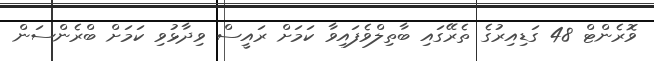
ވޮރެންޓް 48 ގަޑިއިރުގެ ތެރޭގައި ބާތިލްވެފައިވާ ކަމަށް ރައީސް ވިދާޅުވި ކަމަށް ބްރެންސަން